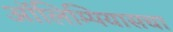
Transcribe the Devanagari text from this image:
ऑलिम्पियासचा